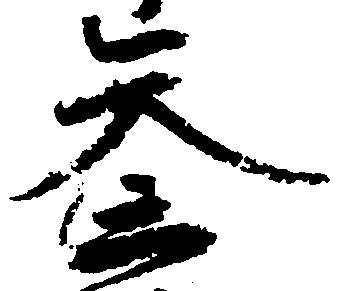
参